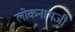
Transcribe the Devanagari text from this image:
लोकनाथजी